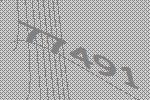
77491